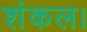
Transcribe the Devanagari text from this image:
शंकल।